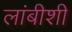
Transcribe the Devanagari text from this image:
लांबीशी